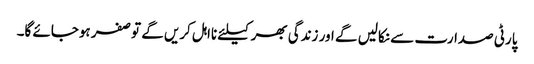
پارٹی صدارت سے نکالیں گے اور زندگی بھر کیلئے نااہل کریں گے توصفر ہوجائے گا۔